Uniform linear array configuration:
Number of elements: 16
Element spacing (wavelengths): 1
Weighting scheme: uniform
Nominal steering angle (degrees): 15
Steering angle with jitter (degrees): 13.054
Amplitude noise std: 0.05
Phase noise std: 0.05

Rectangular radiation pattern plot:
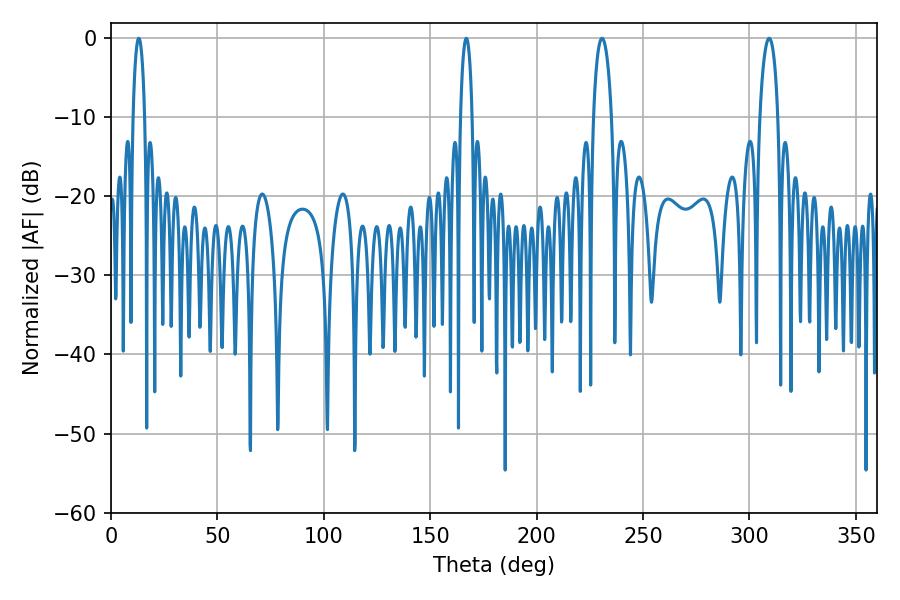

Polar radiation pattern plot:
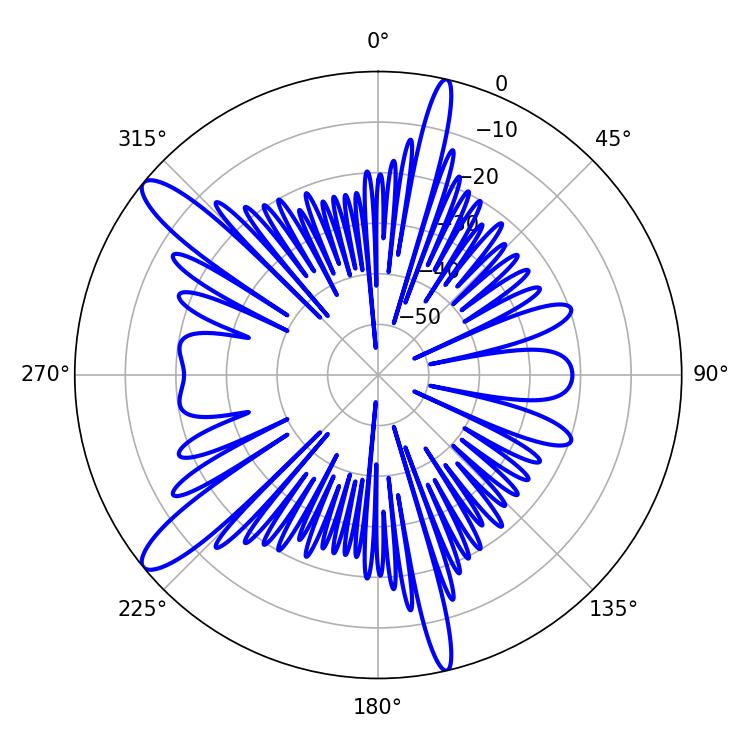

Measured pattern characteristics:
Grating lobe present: TRUE
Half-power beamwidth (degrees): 4.86
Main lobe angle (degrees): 230.76